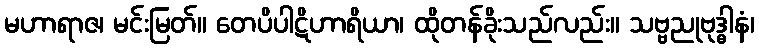
မဟာရာဇ၊ မင်းမြတ်။ တေပိပါဋိဟာရိယာ၊ ထိုတန်ခိုးသည်လည်း။ သဗ္ဗညုဗုဒ္ဓါနံ၊